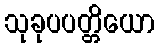
သုခုပပတ္တိယော